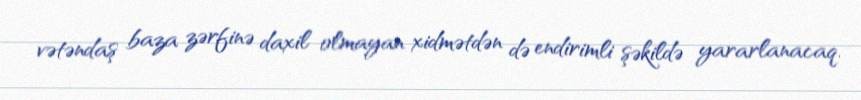
vətəndaş baza zərfinə daxil olmayan xidmətdən də endirimli şəkildə yararlanacaq.